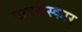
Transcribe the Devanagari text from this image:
पापसंस्कार